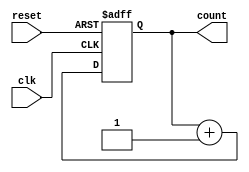
module binary_counter (
    input clk,
    input reset,
    output reg [3:0] count
);

// Flip flops for storing binary values
reg [3:0] q_next;

always @(posedge clk or posedge reset) begin
    if (reset) begin
        q_next <= 4'b0000;
    end else begin
        q_next <= count + 1;
    end
end

assign count = q_next;

endmodule